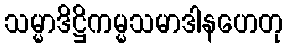
သမ္မာဒိဋ္ဌိကမ္မသမာဒါနဟေတု